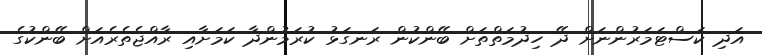
އަދި ކަސްޓަމަރުންނަށް ދޭ ހިދުމަތްތަށް ބޭންކުން ރަނގަޅު ކުރަމުންދާ ކަމަށާއި ރާއްޖެތެރެއަށް ބޭންކުގެ